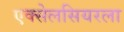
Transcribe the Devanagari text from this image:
एक्सेलसियरला